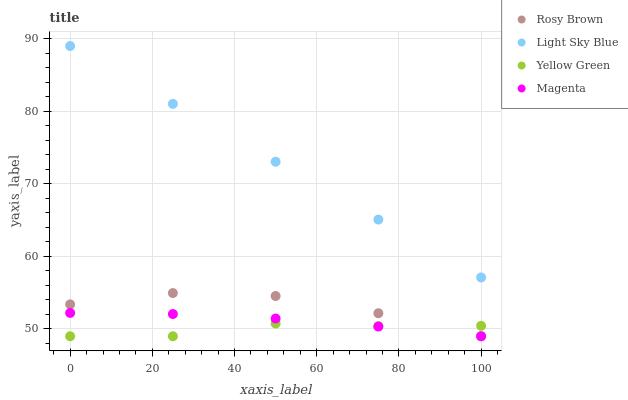
| xaxis_label | Rosy Brown | Light Sky Blue | Yellow Green | Magenta |
 | --- | --- | --- | --- | --- |
 | 0 | 53.4 | 89 | 49 | 52.2 |
 | 25 | 55 | 81 | 49 | 52.1 |
 | 50 | 54.5 | 73.1 | 50.8 | 51.4 |
 | 75 | 52.2 | 65.1 | 50.4 | 50.3 |
 | 100 | 49 | 57.1 | 50.4 | 49 |